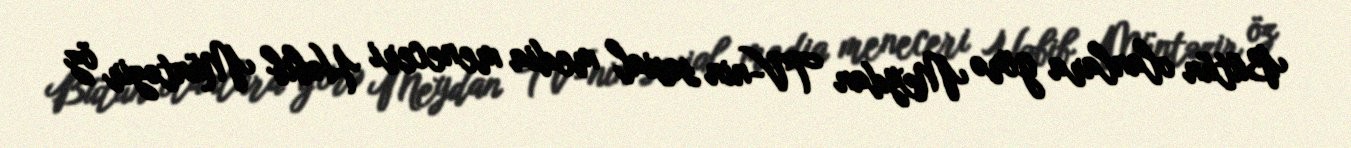
Bütün olanlara görə Meydan TV-nin sosial media meneceri Həbib Müntəzir öz